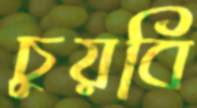
চুয়বি